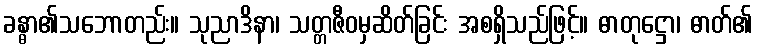
ခန္ဓာ၏သဘောတည်း။ သုညာဒိနာ၊ သတ္တဇီဝမှဆိတ်ခြင်း အစရှိသည်ဖြင့်။ ဓာတုဋ္ဌော၊ ဓာတ်၏